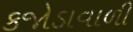
કજોડાવાળી